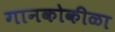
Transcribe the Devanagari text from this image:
गानकोकीळा